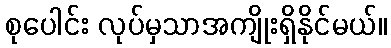
စုပေါင်း လုပ်မှသာအကျိုးရှိနိုင်မယ်။